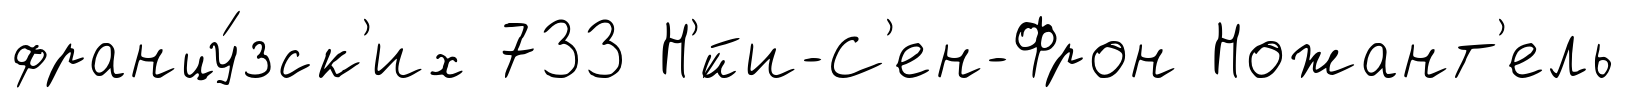
францу́зск'их 733 Н'́йи-С'ен-Фрон Ножант'ель